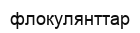
флокулянттар